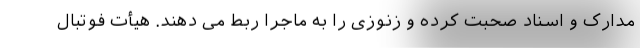
مدارک و اسناد صحبت کرده و زنوزی را به ماجرا ربط می دهند. هیأت فوتبال